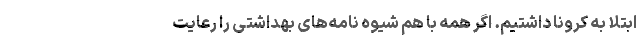
ابتلا به کرونا داشتیم. اگر همه با هم شیوه نامه‌های بهداشتی را رعایت